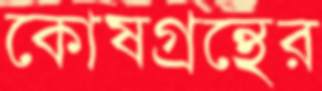
কোষগ্রন্থের